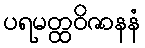
ပရမတ္ထဝိဇာနနံ